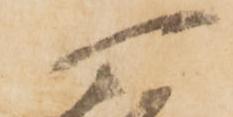
可